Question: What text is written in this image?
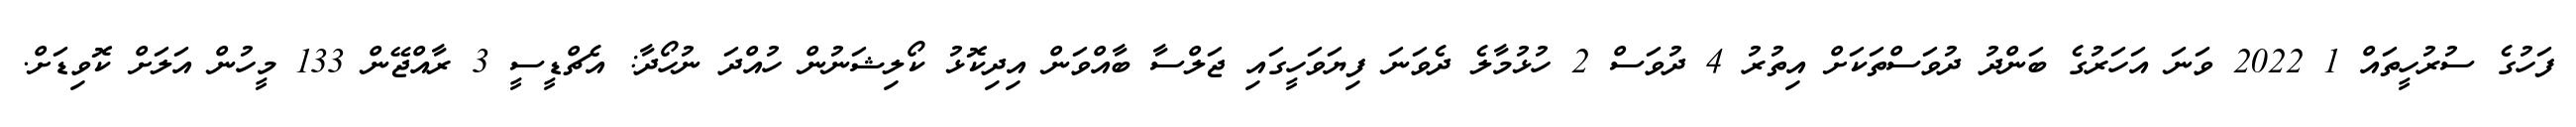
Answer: ފަހުގެ ސުރުހީތައް 1 2022 ވަނަ އަހަރުގެ ބަންދު ދުވަސްތަކަށް އިތުރު 4 ދުވަސް 2 ހުޅުމާލެ ދެވަނަ ފިޔަވަހީގައި ޖަލްސާ ބާއްވަން އިދިކޮޅު ކޯލިޝަނުން ހުއްދަ ނުހޯދާ: އެޗްޑީސީ 3 ރާއްޖޭން 133 މީހުން އަލަށް ކޮވިޑަށް.